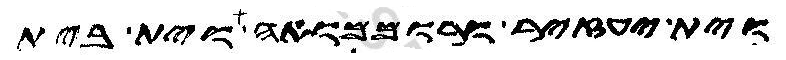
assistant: וית יעזיר ורוממואה וית בית